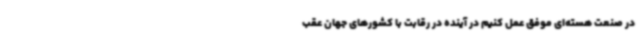
در صنعت هسته‌ای موفق عمل کنیم در آینده در رقابت با کشورهای جهان عقب